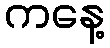
ကနေ့